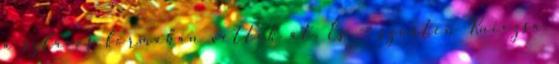
a szlávos formában vették át. És -- szintén Kniezsa